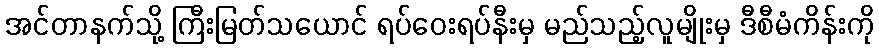
အင်တာနက်သို့ ကြီးမြတ်သယောင် ရပ်ဝေးရပ်နီးမှ မည်သည့်လူမျိုးမှ ဒီစီမံကိန်းကို